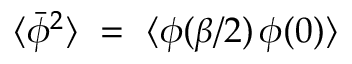
\langle \bar { \phi } ^ { 2 } \rangle \, \, = \, \, \langle \phi ( \beta / 2 ) \, \phi ( 0 ) \rangle